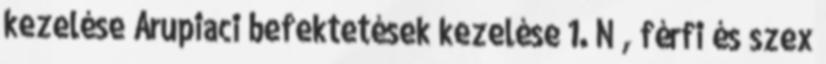
kezelése Árupiaci befektetések kezelése 1. N, férfi és szex